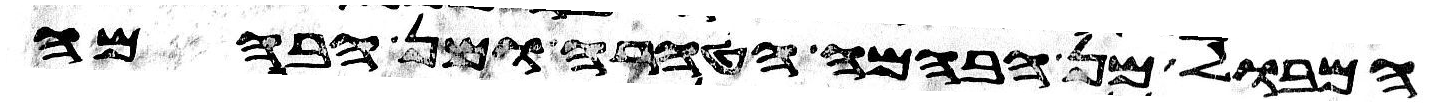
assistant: המבול מן הבהמה הטהרה ומן הבהמה